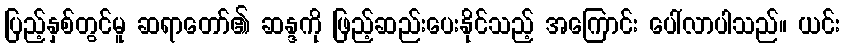
ပြည့်နှစ်တွင်မူ ဆရာတော်၏ ဆန္ဒကို ဖြည့်ဆည်းပေးနိုင်သည့် အကြောင်း ပေါ်လာပါသည်။ ယင်း